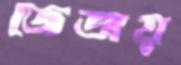
জেতায়